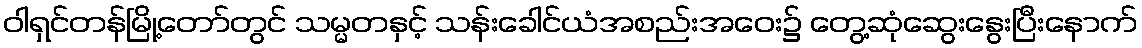
ဝါရှင်တန်မြို့တော်တွင် သမ္မတနှင့် သန်းခေါင်ယံအစည်းအဝေး၌ တွေ့ဆုံဆွေးနွေးပြီးနောက်